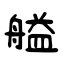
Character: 艗